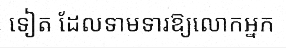
ទៀត ដែលទាមទារឱ្យលោកអ្នក